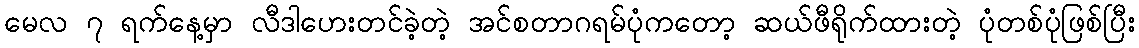
မေလ ၇ ရက်နေ့မှာ လီဒါဟေးတင်ခဲ့တဲ့ အင်စတာဂရမ်ပုံကတော့ ဆယ်ဖီရိုက်ထားတဲ့ ပုံတစ်ပုံဖြစ်ပြီး